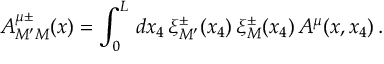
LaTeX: A _ { M ^ { \prime } M } ^ { \mu \pm } ( x ) = \int _ { 0 } ^ { L } \, d x _ { 4 } \, \xi _ { M ^ { \prime } } ^ { \pm } ( x _ { 4 } ) \, \xi _ { M } ^ { \pm } ( x _ { 4 } ) \, A ^ { \mu } ( x , x _ { 4 } ) \, .